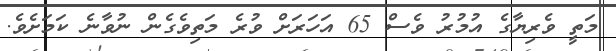
މަތީ ވެރިޔާގެ އުމުރު ވެސް 65 އަހަރަށް ވުރެ މަތިވެގެން ނުވާނެ ކަމަށެވެ.